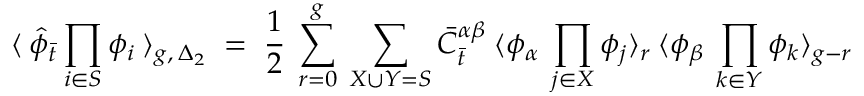
\langle \: { \hat { \phi } } _ { \bar { t } } \prod _ { i \in S } \phi _ { i } \: \rangle _ { g , \: { \Delta _ { 2 } } } \; = \; \frac { 1 } { 2 } \: \sum _ { r = 0 } ^ { g } \: \sum _ { X \cup Y = S } { \bar { C } } _ { \bar { t } } ^ { \alpha \beta } \: \langle \phi _ { \alpha } \: \prod _ { j \in X } \phi _ { j } \rangle _ { r } \: \langle \phi _ { \beta } \: \prod _ { k \in Y } \phi _ { k } \rangle _ { g - r } \,